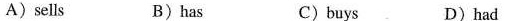
A)sells B)has c) buys D)had